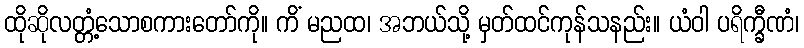
ထိုဆိုလတ္တံ့သောစကားတော်ကို။ ကိံ မညထ၊ အဘယ်သို့ မှတ်ထင်ကုန်သနည်း။ ယံဝါ ပရိက္ခီဏံ၊